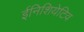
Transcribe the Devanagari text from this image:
ईनिशियेटिव